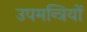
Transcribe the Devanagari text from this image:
उपमन्त्रियों